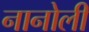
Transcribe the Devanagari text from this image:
नानोली